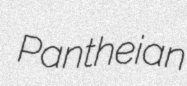
Pantheian